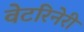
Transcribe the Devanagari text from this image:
वेटरिनेरी